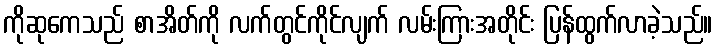
ကိုဆုကေသည် စာအိတ်ကို လက်တွင်ကိုင်လျက် လမ်းကြားအတိုင်း ပြန်ထွက်လာခဲ့သည်။